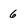
Character: 6